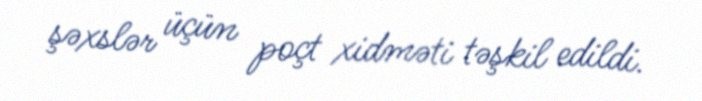
şəxslər üçün poçt xidməti təşkil edildi.